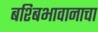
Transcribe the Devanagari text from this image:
बश्बिभावानाचा